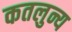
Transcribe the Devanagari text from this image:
कतलुन्य